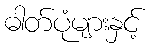
ဓါတ်ပုံများနှင့်